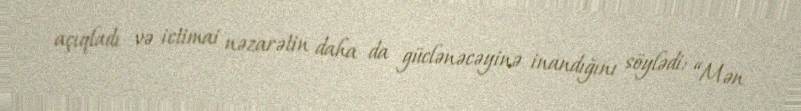
açıqladı və ictimai nəzarətin daha da güclənəcəyinə inandığını söylədi: “Mən